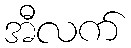
အီလက်